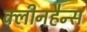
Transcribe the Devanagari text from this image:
क्लीनहैन्स